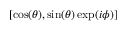
[ \cos ( \theta ) , \sin ( \theta ) \exp ( i \phi ) ]